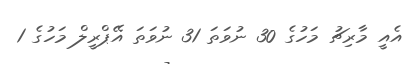
އެއީ މާރިޗު މަހުގެ 30 ނުވަތަ 31 ނުވަތަ އޭޕްރީލް މަހުގެ 1